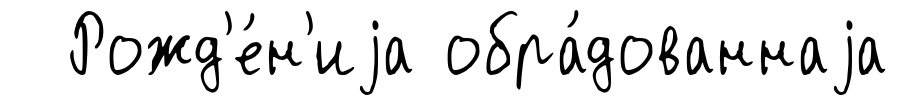
Рожд'е́н'иjа обра́дованнаjа